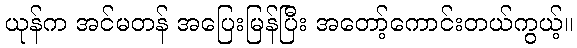
ယုန်က အင်မတန် အပြေးမြန်ပြီး အတော့်ကောင်းတယ်ကွယ့်။